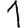
Digit: 1